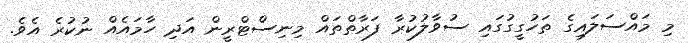
މި މައްސަލައިގެ ތަހުގީގުގައި ސުވާލުކުރާ ފަރާތްތައް މިނިސްޓްރީން އަދި ހާމައެއް ނުކުރެ އެވެ.